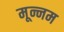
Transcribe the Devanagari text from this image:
मून्नम